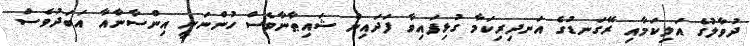
ދުވާލުގެ އަލިކަމާއި ރޭގަނޑުގެ އަނދިރިކަމާ ގުޅިފައިވާ ފަދައިން ޝައިޠާނާވެސް ހުންނަނީ އިންސާނާއާ އަބަދުވެސް